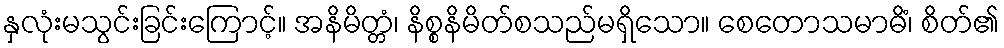
နှလုံးမသွင်းခြင်းကြောင့်။ အနိမိတ္တံ၊ နိစ္စနိမိတ်စသည်မရှိသော။ စေတောသမာဓိံ၊ စိတ်၏